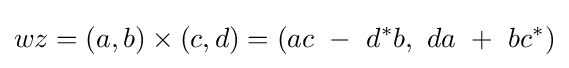
wz=(a,b)\times (c,d)=(ac\ -\ d^{*}b,\ da\ +\ bc^{*})